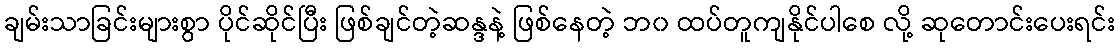
ချမ်းသာခြင်းများစွာ ပိုင်ဆိုင်ပြီး ဖြစ်ချင်တဲ့ဆန္ဒနဲ့ ဖြစ်နေတဲ့ ဘ၀ ထပ်တူကျနိုင်ပါစေ လို့ ဆုတောင်းပေးရင်း